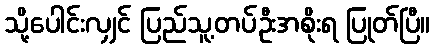
သို့ပေါင်းလျှင် ပြည်သူ့တပ်ဦးအစိုးရ ပြုတ်ပြီ။